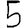
Digit: 5